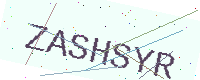
Text: ZASHSYR